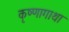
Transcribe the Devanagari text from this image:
कृष्णागाथा